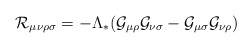
\begin{align*}{\cal R}_{\mu\nu\rho\sigma}=-\Lambda_{*}({\cal G}_{\mu\rho}{\cal G}_{\nu\sigma}-{\cal G}_{\mu\sigma}{\cal G}_{\nu\rho}) \end{align*}